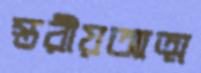
স্তরীয়আত্ম